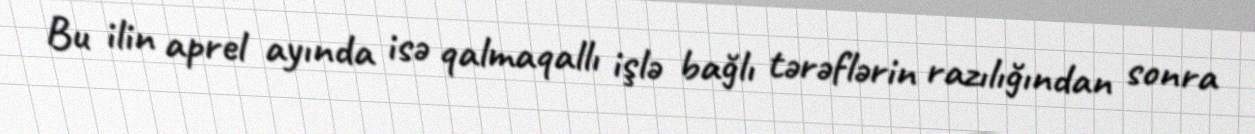
Bu ilin aprel ayında isə qalmaqallı işlə bağlı tərəflərin razılığından sonra